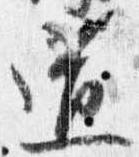
道